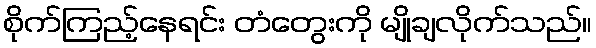
စိုက်ကြည့်နေရင်း တံတွေးကို မျိုချလိုက်သည်။